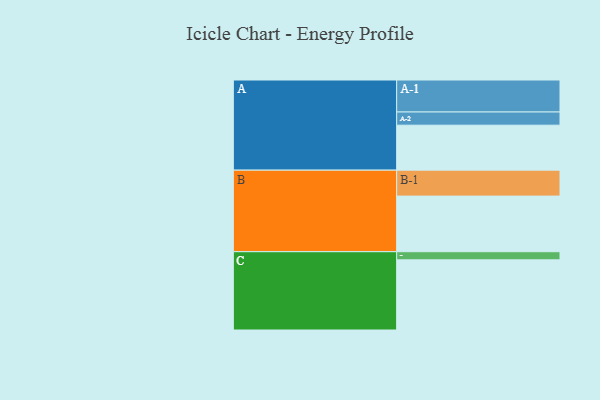
{"axis": {"x": "Segment", "y": "Value"}, "legend": ["", "A", "B", "C"], "data": [{"x": "A", "y": 371, "type": ""}, {"x": "B", "y": 459, "type": ""}, {"x": "C", "y": 579, "type": ""}, {"x": "A-1", "y": 264, "type": "A"}, {"x": "A-2", "y": 109, "type": "A"}, {"x": "B-1", "y": 214, "type": "B"}, {"x": "C-1", "y": 67, "type": "C"}]}